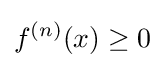
f^{(n)}(x)\geq 0